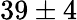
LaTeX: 39\pm 4